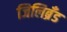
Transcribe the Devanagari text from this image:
जिलिब्रॅंड